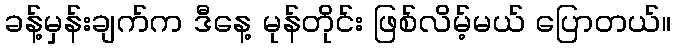
ခန့်မှန်းချက်က ဒီနေ့ မုန်တိုင်း ဖြစ်လိမ့်မယ် ပြောတယ်။